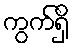
ကွက်ရှိ